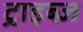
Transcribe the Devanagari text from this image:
ट्राइब्ज़